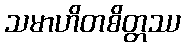
သမာဟိတစိတ္တဿ